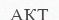
АКТ